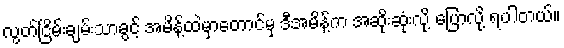
လွတ်ငြိမ်းချမ်းသာခွင့် အမိန့်ထဲမှာတောင်မှ ဒီအမိန့်က အဆိုးဆုံးလို့ ပြောလို့ ရပါတယ်။